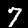
Digit: 7